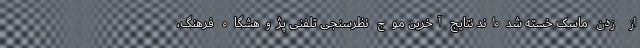
از زدن ماسک خسته شده‌اند نتایج آخرین موج نظرسنجی تلفنی پژوهشگاه فرهنگ،